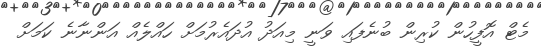
މެޓް އޮފީހުން ކުރިން ބުނެފައި ވަނީ މިއަދު އުދައެރުމަށް ހައްލެއް އަންނާނެ ކަމަށް